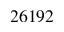
2 6 1 9 2